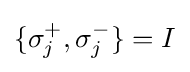
\{\sigma _{j}^{+},\sigma _{j}^{-}\}=I